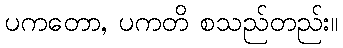
ပကတော, ပကတိ စသည်တည်း။